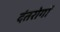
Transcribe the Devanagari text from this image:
दंतरोगों